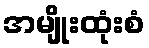
အမျိုးထုံးစံ